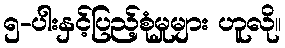
၅-ပါးနှင့်ပြည့်စုံမှုများ ဟူလို။